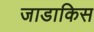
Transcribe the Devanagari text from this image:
जाडाकिस